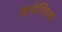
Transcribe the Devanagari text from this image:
अर्जन्टिना